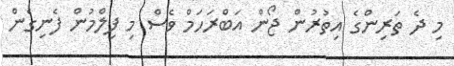
މި ދެ ތަރިންގެ އިތުރުން ޖޯން އަބްރަހަމް ވެސް މި ފިލްމުން ފެނިގެން